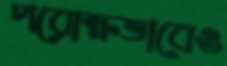
পরোক্ষভাবেও